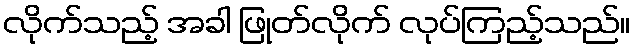
လိုက်သည့် အခါ ဖြုတ်လိုက် လုပ်ကြည့်သည်။